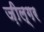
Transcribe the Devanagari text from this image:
ज़ील्‍गर